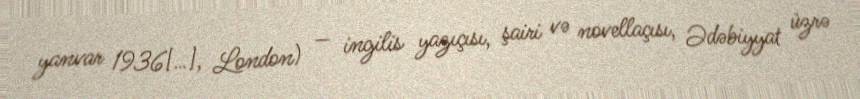
yanvar 1936[…], London) — ingilis yazıçısı, şairi və novellaçısı, Ədəbiyyat üzrə